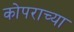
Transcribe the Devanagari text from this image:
कोपराच्या